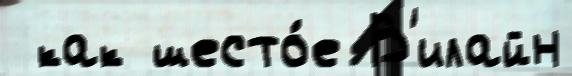
 как шесто́е В'илайн